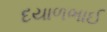
દયાળભાઈ